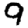
Digit: 9